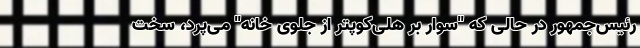
رئیس‌جمهور در حالی که "سوار بر هلی‌کوپتر از جلوی خانه" می‌پرد، سخت